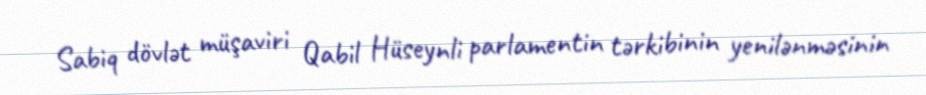
Sabiq dövlət müşaviri Qabil Hüseynli parlamentin tərkibinin yenilənməsinin